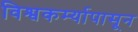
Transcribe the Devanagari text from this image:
विश्वकर्म्यापासून